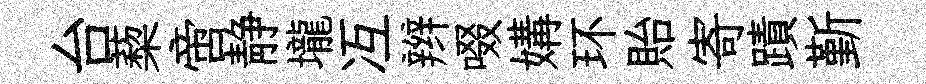
台蔾啻静壠冱辫啜媾环貽寄蹟斳